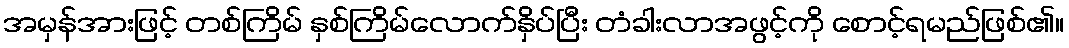
အမှန်အားဖြင့် တစ်ကြိမ် နှစ်ကြိမ်လောက်နှိပ်ပြီး တံခါးလာအဖွင့်ကို စောင့်ရမည်ဖြစ်၏။